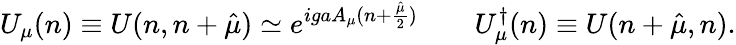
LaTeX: U_{\mu}(n)\equiv U(n,n+\hat{\mu})\simeq e^{igaA_{\mu}(n+{\frac{\hat{\mu}}{2}})}\quad\quad U_{\mu}^{\dagger}(n)\equiv U(n+\hat{\mu},n).